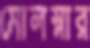
মোলস্নার